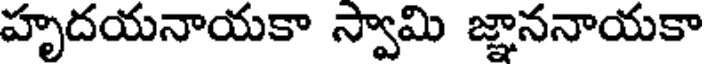
హృదయనాయకా స్వామి జ్ఞాననాయకా